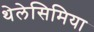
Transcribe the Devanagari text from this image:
थेलेसिमिया